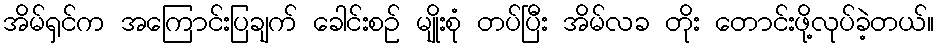
အိမ်ရှင်က အကြောင်းပြချက် ခေါင်းစဉ် မျိုးစုံ တပ်ပြီး အိမ်လခ တိုး တောင်းဖို့လုပ်ခဲ့တယ်။